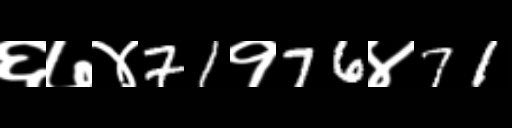
Text: ६७४71१76४71